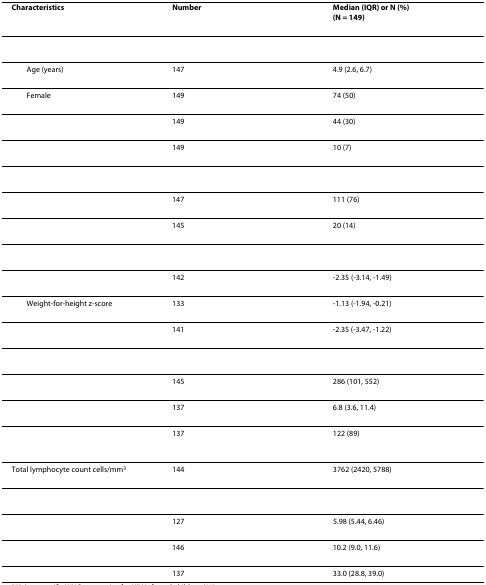
<table><thead><tr><td><b>Characteristics</b></td><td><b>Number</b></td><td><b>Median (IQR) or N (%)(N = 149)</b></td></tr></thead><tbody><tr><td>[EMPTY_CELL]</td><td>[EMPTY_CELL]</td><td>[EMPTY_CELL]</td></tr><tr><td> Age (years)</td><td>147</td><td>4.9 (2.6, 6.7)</td></tr><tr><td> Female</td><td>149</td><td>74 (50)</td></tr><tr><td>[EMPTY_CELL]</td><td>149</td><td>44 (30)</td></tr><tr><td>[EMPTY_CELL]</td><td>149</td><td>10 (7)</td></tr><tr><td>[EMPTY_CELL]</td><td>[EMPTY_CELL]</td><td>[EMPTY_CELL]</td></tr><tr><td>[EMPTY_CELL]</td><td>147</td><td>111 (76)</td></tr><tr><td>[EMPTY_CELL]</td><td>145</td><td>20 (14)</td></tr><tr><td>[EMPTY_CELL]</td><td>[EMPTY_CELL]</td><td>[EMPTY_CELL]</td></tr><tr><td>[EMPTY_CELL]</td><td>142</td><td>-2.35 (-3.14, -1.49)</td></tr><tr><td> Weight-for-height z-score</td><td>133</td><td>-1.13 (-1.94, -0.21)</td></tr><tr><td>[EMPTY_CELL]</td><td>141</td><td>-2.35 (-3.47, -1.22)</td></tr><tr><td>[EMPTY_CELL]</td><td>[EMPTY_CELL]</td><td>[EMPTY_CELL]</td></tr><tr><td>[EMPTY_CELL]</td><td>145</td><td>286 (101, 552)</td></tr><tr><td>[EMPTY_CELL]</td><td>137</td><td>6.8 (3.6, 11.4)</td></tr><tr><td>[EMPTY_CELL]</td><td>137</td><td>122 (89)</td></tr><tr><td>Total lymphocyte count cells/mm<sup>3</sup></td><td>144</td><td>3762 (2420, 5788)</td></tr><tr><td>[EMPTY_CELL]</td><td>[EMPTY_CELL]</td><td>[EMPTY_CELL]</td></tr><tr><td>[EMPTY_CELL]</td><td>127</td><td>5.98 (5.44, 6.46)</td></tr><tr><td>[EMPTY_CELL]</td><td>146</td><td>10.2 (9.0, 11.6)</td></tr><tr><td>[EMPTY_CELL]</td><td>137</td><td>33.0 (28.8, 39.0)</td></tr></tbody></table>